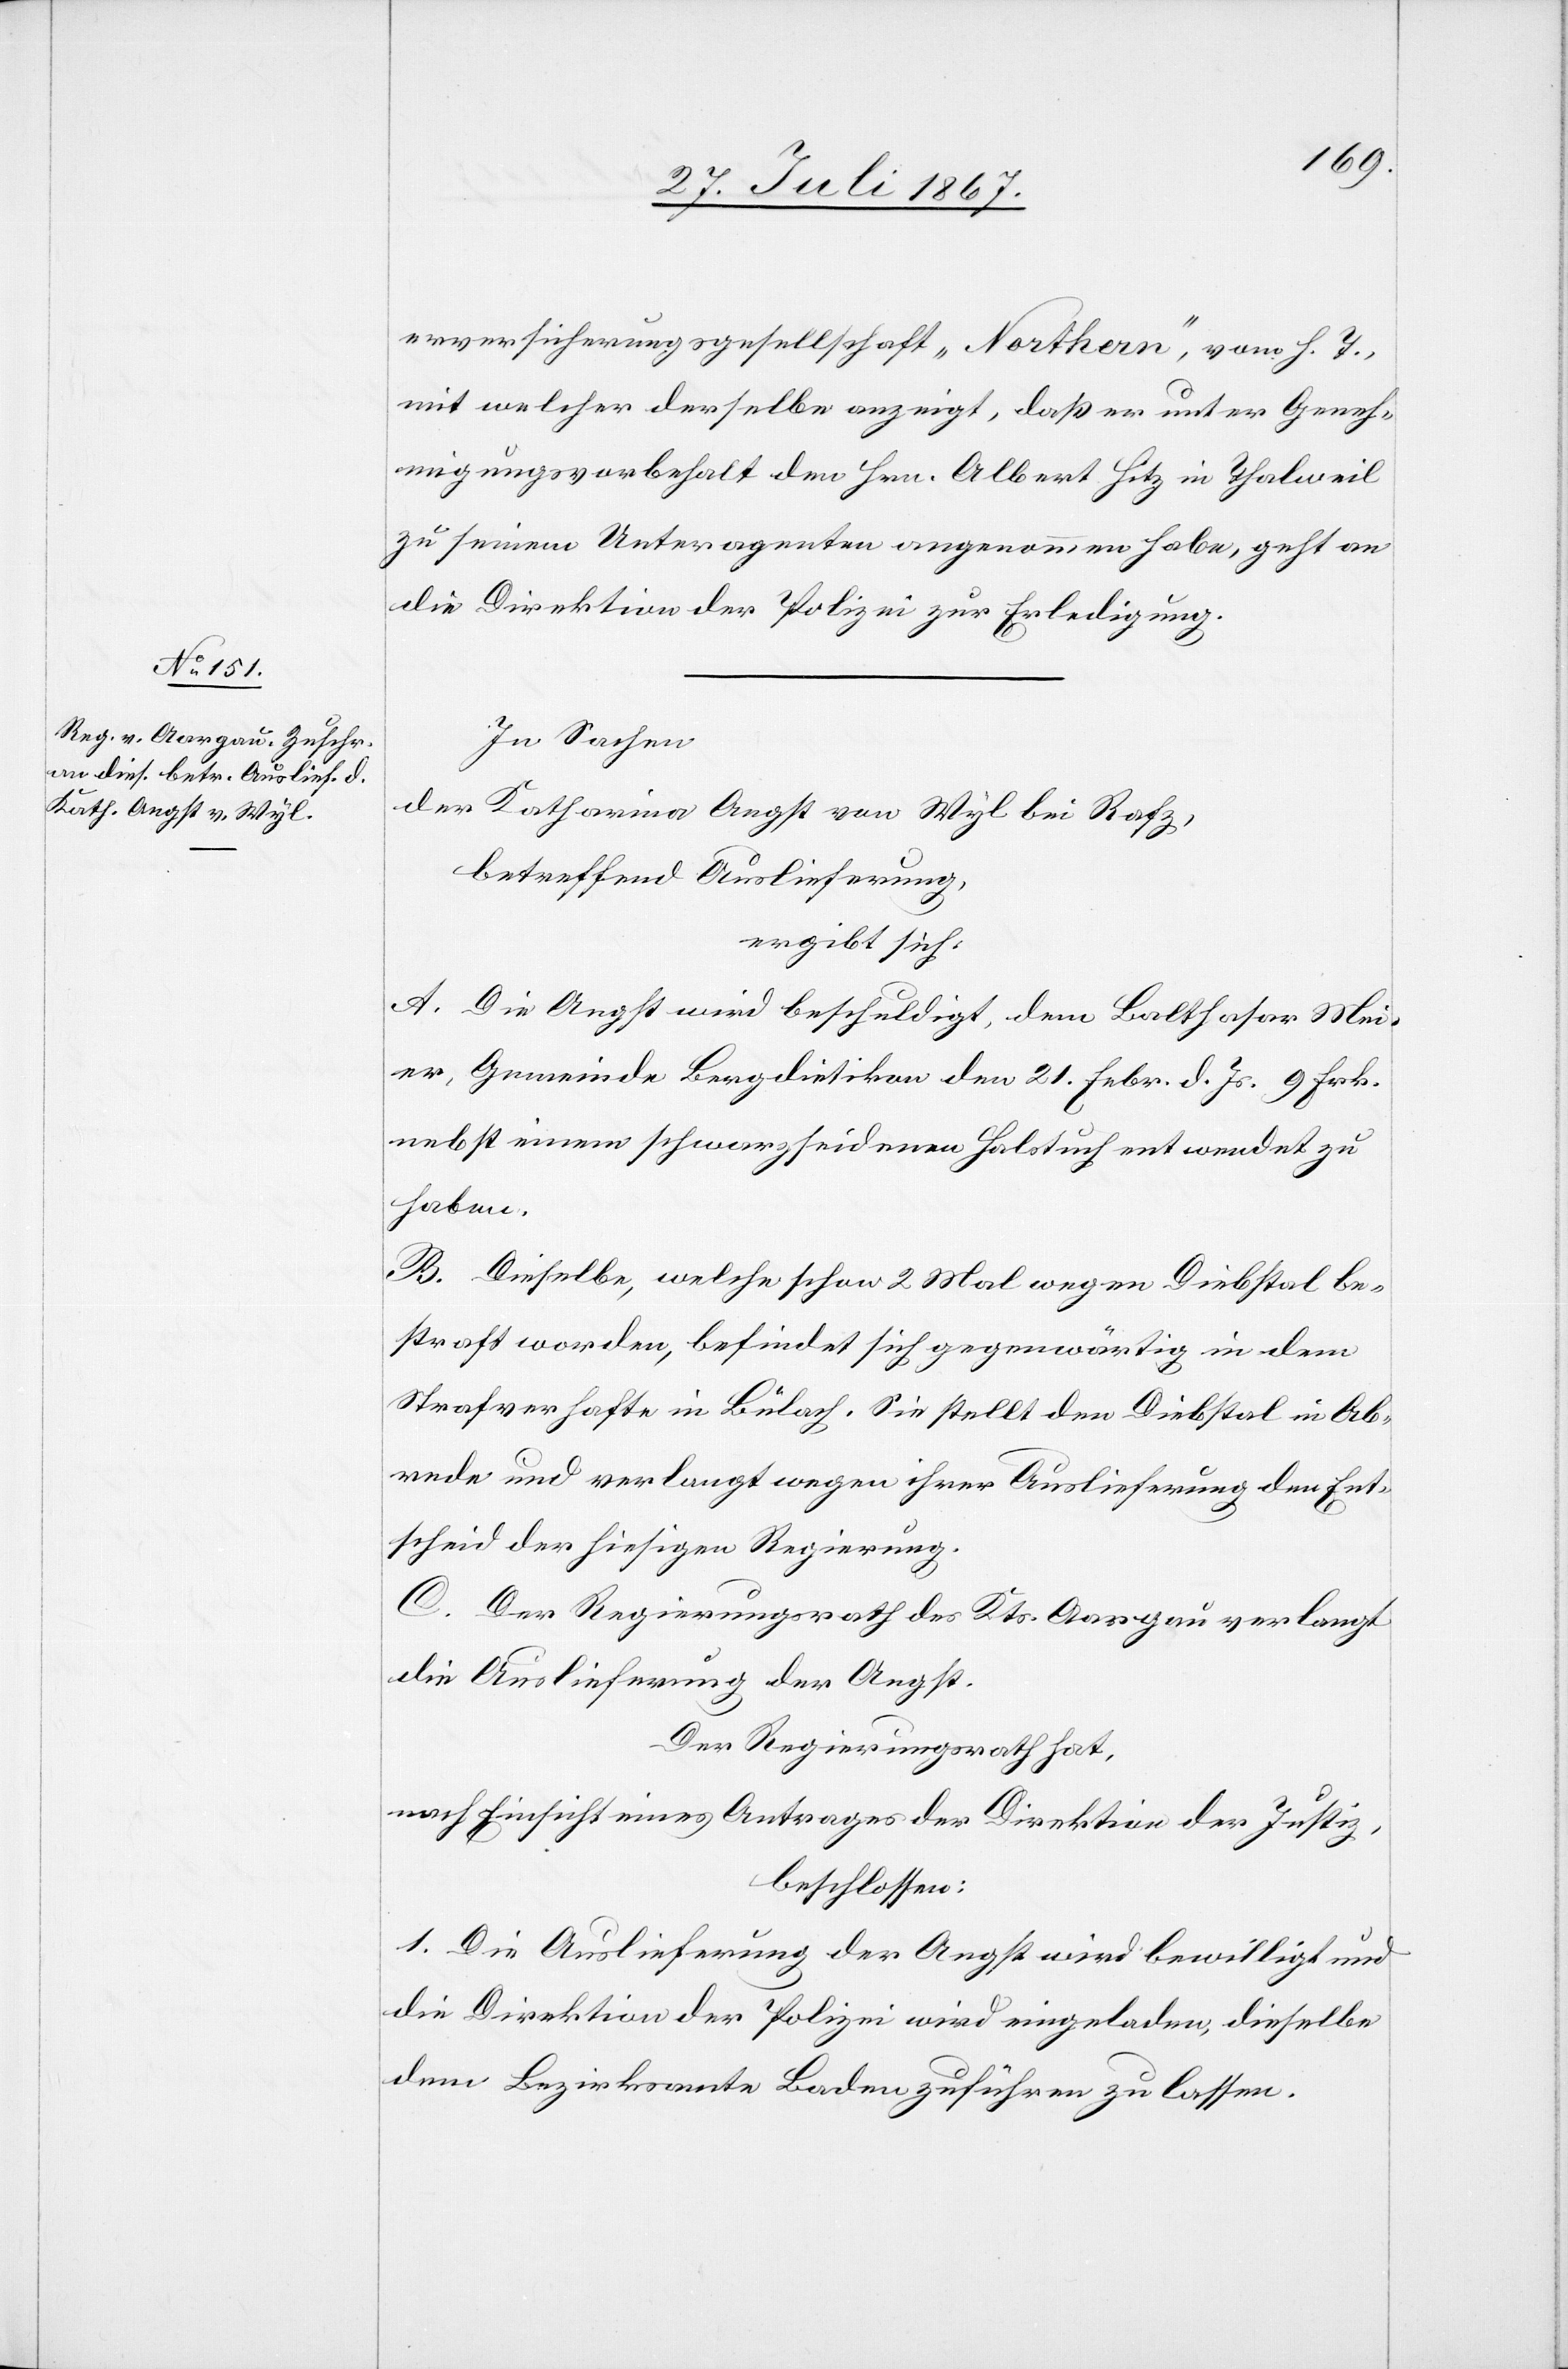
31. Juli 1867.]
erversicherungsgesellschaft „Northern“, vom h. T.
mit welcher derselbe anzeigt, daß er unter Geneh¬
migungsvorbehalt den Hrn. Albert Hitz in Thalweil
zu seinem Unteragenten angenommen habe, geht an
die Direktion der Polizei zur Erledigung.
In Sachen,
der Katharina Angst von Wyl bei Rafz,
betreffend Auslieferung,
ergibt sich:
A. Die Angst wird beschuldigt, dem Balthasar Mei¬
er, Gemeinde Bergdietikon den 21. Febr. d. Js. 9 Frk.
nebst einem schwarzseidenen Halstuch entwendet zu
haben.
B. Dieselbe, welche schon 2 Mal wegen Diebstal be¬
straft worden, befindet sich gegenwärtig in dem
Strafverhafte in Bülach. Sie stellt den Diebstal in Ab¬
rede und verlangt wegen ihrer Auslieferung den Ent¬
scheid der hiesigen Regierung.
C. Der Regierungsrath des Kts. Aargau verlangt
die Auslieferung der Angst.
Der Regierungsrath hat,
nach Einsicht eines Antrages der Direktion der Justiz,
beschlossen:
1. Die Auslieferung der Angst wird bewilligt und
die Direktion der Polizei wird eingeladen, dieselbe
dem Bezirksamte Baden zuführen zu lassen.